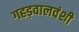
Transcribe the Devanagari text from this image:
गहड़वालवंशी